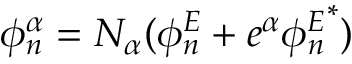
\phi _ { n } ^ { \alpha } = N _ { \alpha } ( \phi _ { n } ^ { E } + e ^ { \alpha } { \phi _ { n } ^ { E } } ^ { * } )